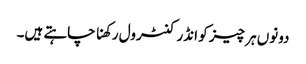
دونوں ہر چیز کو انڈر کنٹرول رکھنا چاہتے ہیں۔